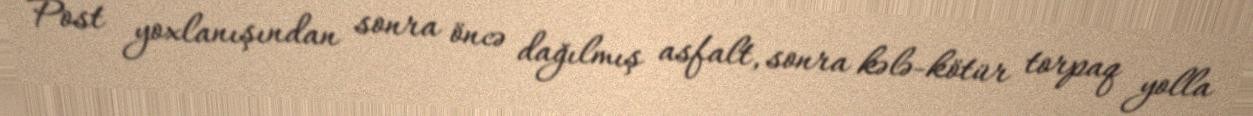
Post yoxlanışından sonra öncə dağılmış asfalt, sonra kələ-kötür torpaq yolla